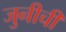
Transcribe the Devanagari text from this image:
जुनीची